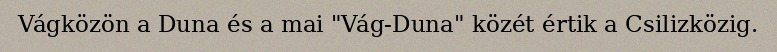
Vágközön a Duna és a mai "Vág-Duna" közét értik a Csilizközig.